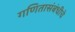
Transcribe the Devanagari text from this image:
गणितासंबंधीचे